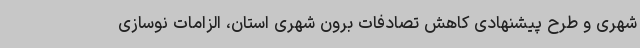
شهری و طرح پیشنهادی کاهش تصادفات برون شهری استان، الزامات نوسازی